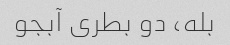
بله، دو بطری آبجو